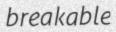
breakable